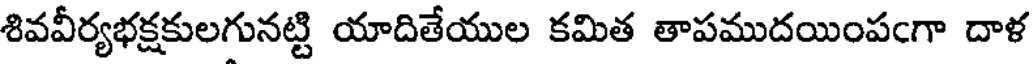
శివవీర్యభక్షకులగునట్టి యాదితేయుల కమిత తాపముదయింపఁగా దాళ